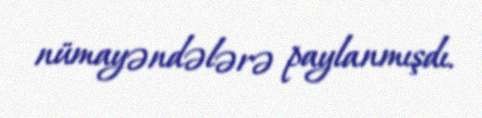
nümayəndələrə paylanmışdı.